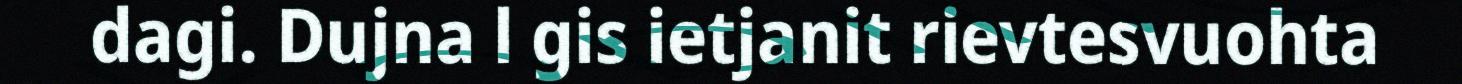
dagi. Dujna l gis ietjanit rievtesvuohta